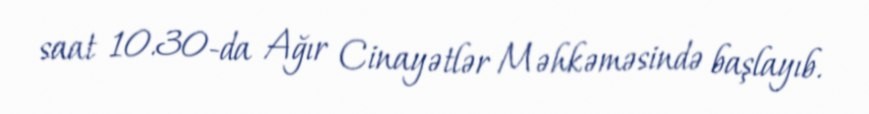
saat 10.30-da Ağır Cinayətlər Məhkəməsində başlayıb.